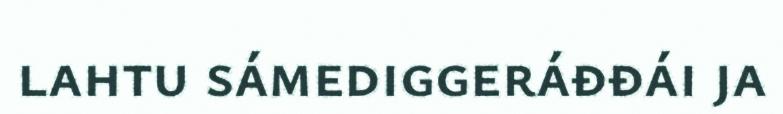
lahtu sámediggeráđđái ja